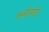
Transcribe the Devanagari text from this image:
कर्बोनाईट